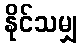
နိုင်သမျှ